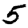
Digit: 5